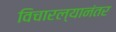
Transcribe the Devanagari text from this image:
विचारल्यानंतर